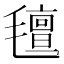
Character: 氊